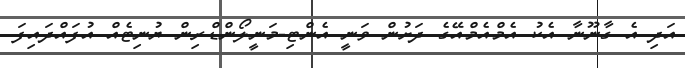
އަދި އެ ގާނޫނާ އެކު އެމްއެމްއޭގެ ދަށުން ވަނީ އެންޓި-މަނީލޯންޑްރިން ޔުނިޓެއް އުފައްދައިފަ